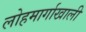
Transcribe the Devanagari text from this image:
लोहमार्गाखाली